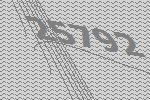
25792